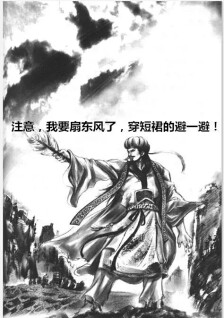
东风兮东风，为我吹行云使西来。